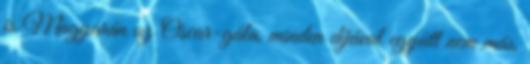
is Magyarán az Oscar-gála, minden díjával együtt nem más,